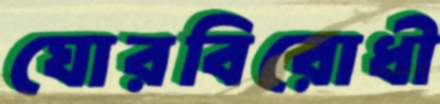
ঘোরবিরোধী